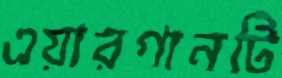
এয়ারগানটি